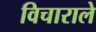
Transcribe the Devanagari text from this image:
विचाराले